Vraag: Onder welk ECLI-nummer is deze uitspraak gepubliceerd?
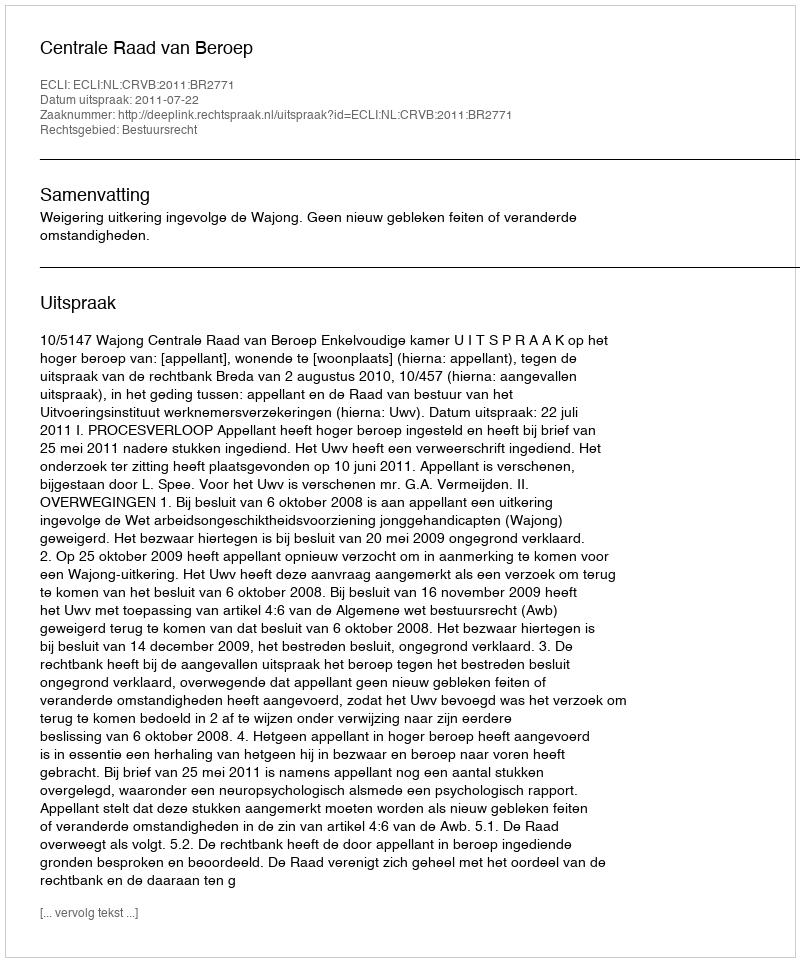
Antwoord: ECLI:NL:CRVB:2011:BR2771